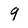
Character: 9